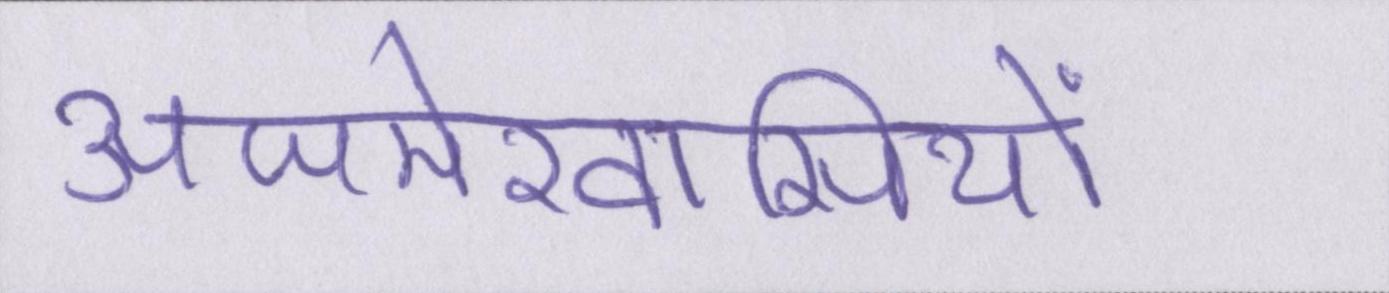
अजमेरवासियों